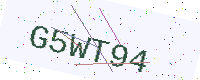
Text: G5WT94